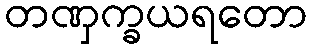
တဏှက္ခယရတော